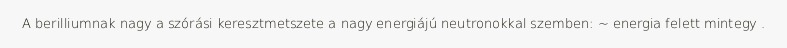
A berilliumnak nagy a szórási keresztmetszete a nagy energiájú neutronokkal szemben: ~ energia felett mintegy .